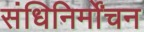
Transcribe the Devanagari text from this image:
संधिनिर्मोंचन